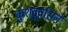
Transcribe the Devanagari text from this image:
कुशदूर्वासने